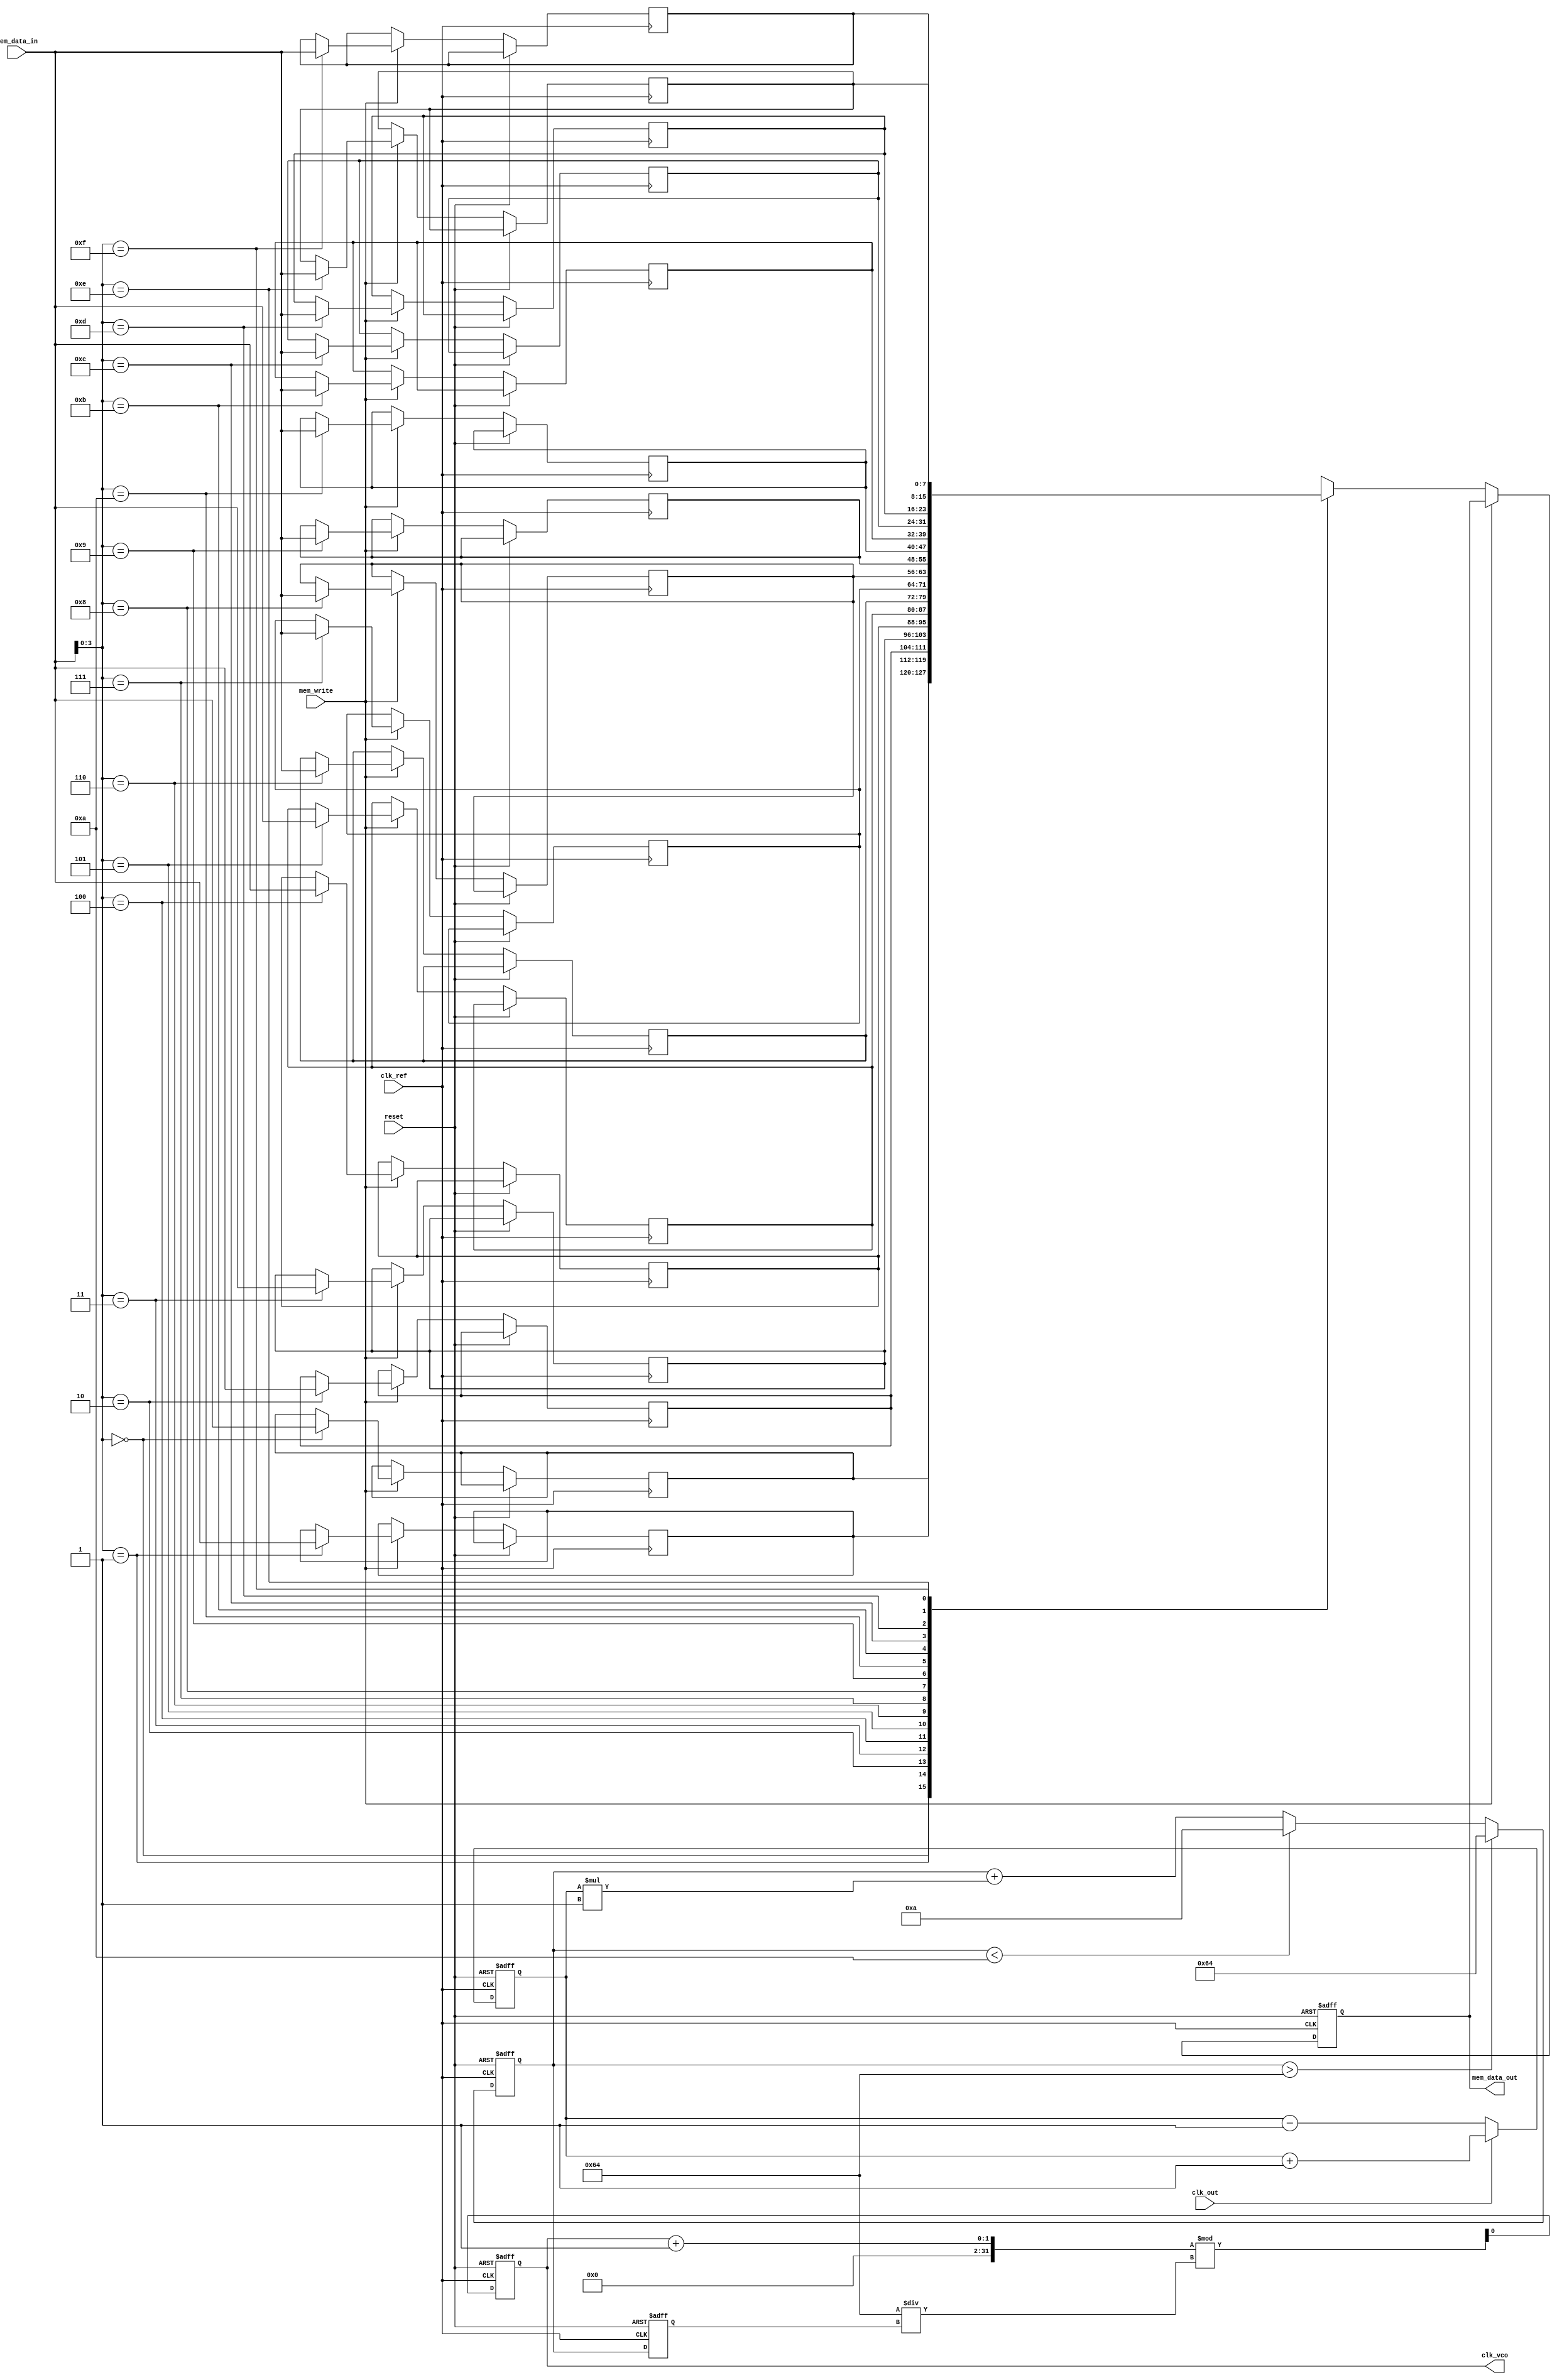
module MemoryBlocksPLL (
    input wire clk_ref,          // Reference clock input
    input wire clk_out,          // Output clock input (for phase comparison)
    input wire reset,            // Asynchronous reset
    input wire [7:0] mem_data_in, // Data input for memory
    input wire mem_write,        // Memory write enable
    output reg [7:0] mem_data_out, // Data output from memory
    output reg clk_vco           // VCO output clock
);

// Parameters for PLL
parameter VCO_MAX_FREQ = 100; // Max frequency for VCO
parameter VCO_MIN_FREQ = 10;   // Min frequency for VCO
parameter LOOP_FILTER_GAIN = 1; // Gain for loop filter

// Internal signals
reg [7:0] phase_error;          // Phase error signal
reg [7:0] control_voltage;      // Control voltage for VCO
reg [7:0] vco_frequency;        // Current frequency of VCO
reg [7:0] memory [0:15];        // Memory blocks for configuration

// Phase Detector
always @(posedge clk_ref or posedge reset) begin
    if (reset) begin
        phase_error <= 0;
    end else begin
        // Simple phase comparison logic (for demonstration)
        if (clk_out) begin
            phase_error <= phase_error + 1; // Increment if clk_out is high
        end else begin
            phase_error <= phase_error - 1; // Decrement if clk_out is low
        end
    end
end

// Loop Filter
always @(posedge clk_ref or posedge reset) begin
    if (reset) begin
        control_voltage <= 0;
    end else begin
        control_voltage <= control_voltage + (phase_error * LOOP_FILTER_GAIN);
        // Clamp control voltage to VCO frequency limits
        if (control_voltage > VCO_MAX_FREQ) begin
            control_voltage <= VCO_MAX_FREQ;
        end else if (control_voltage < VCO_MIN_FREQ) begin
            control_voltage <= VCO_MIN_FREQ;
        end
    end
end

// Voltage-Controlled Oscillator (VCO)
always @(posedge clk_ref or posedge reset) begin
    if (reset) begin
        vco_frequency <= VCO_MIN_FREQ;
        clk_vco <= 0;
    end else begin
        // Adjust VCO frequency based on control voltage
        vco_frequency <= control_voltage;
        // Generate output clock based on VCO frequency
        clk_vco <= (clk_vco + 1) % (100 / vco_frequency); // Simple clock divider logic
    end
end

// Memory Block
always @(posedge clk_ref or posedge reset) begin
    if (reset) begin
        mem_data_out <= 0;
    end else if (mem_write) begin
        memory[mem_data_in[3:0]] <= mem_data_in; // Write to memory
    end else begin
        mem_data_out <= memory[mem_data_in[3:0]]; // Read from memory
    end
end

endmodule